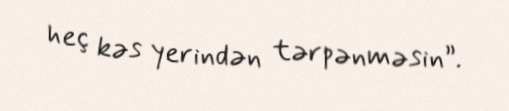
heç kəs yerindən tərpənməsin”.